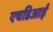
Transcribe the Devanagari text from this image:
एचडिआई